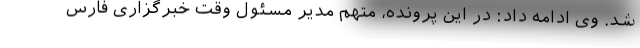
شد. وی ادامه داد: در این پرونده، متهم مدیر مسئول وقت خبرگزاری فارس